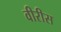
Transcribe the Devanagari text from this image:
वीरीस